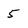
Character: 5